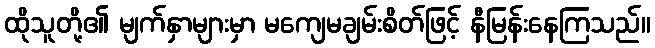
ထိုသူတို့၏ မျက်နှာများမှာ မကျေမချမ်းစိတ်ဖြင့် နီမြန်းနေကြသည်။